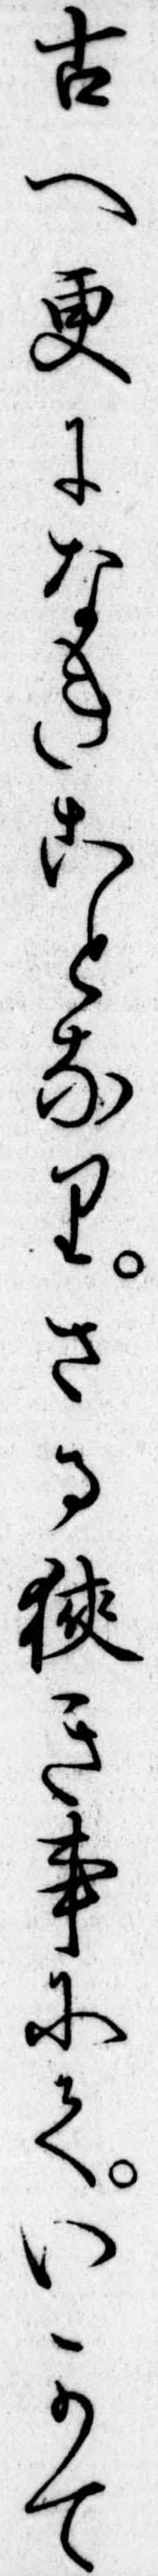
古へ更になきことなりさる狭き事にていかて